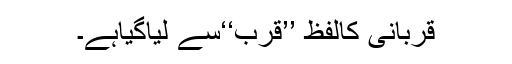
قربانی کالفظ ’’قرب‘‘سے لیاگیاہے۔